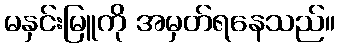
မနှင်းမြူကို အမှတ်ရနေသည်။